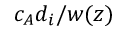
c _ { A } d _ { i } / w ( z )